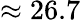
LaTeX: \approx 26.7